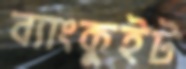
ব্যাংকুইট